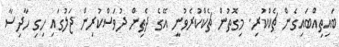
ބައިތިއްބައިގެން ޗެކްކުރި. މިގޮތުން ޗެކްކުރެވުނީ އޭގެ ދެތިން ދުވަސްކުރިން ޖަލުގައި ހިގި ހާދިސާ